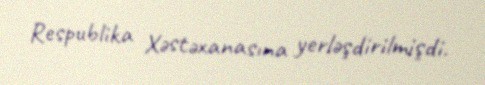
Respublika Xəstəxanasına yerləşdirilmişdi.